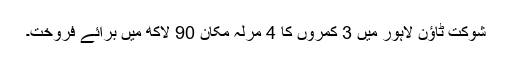
شوکت ٹاؤن لاہور میں 3 کمروں کا 4 مرلہ مکان 90 لاکھ میں برائے فروخت۔